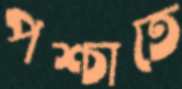
পশ্চাতে